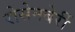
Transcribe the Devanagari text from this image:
रोसेनबेर्री